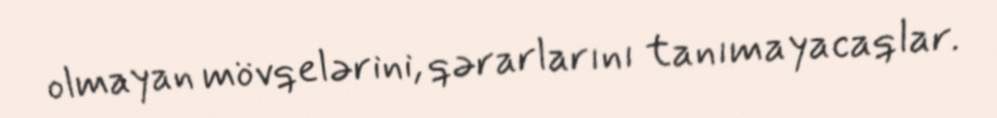
olmayan mövqelərini, qərarlarını tanımayacaqlar.